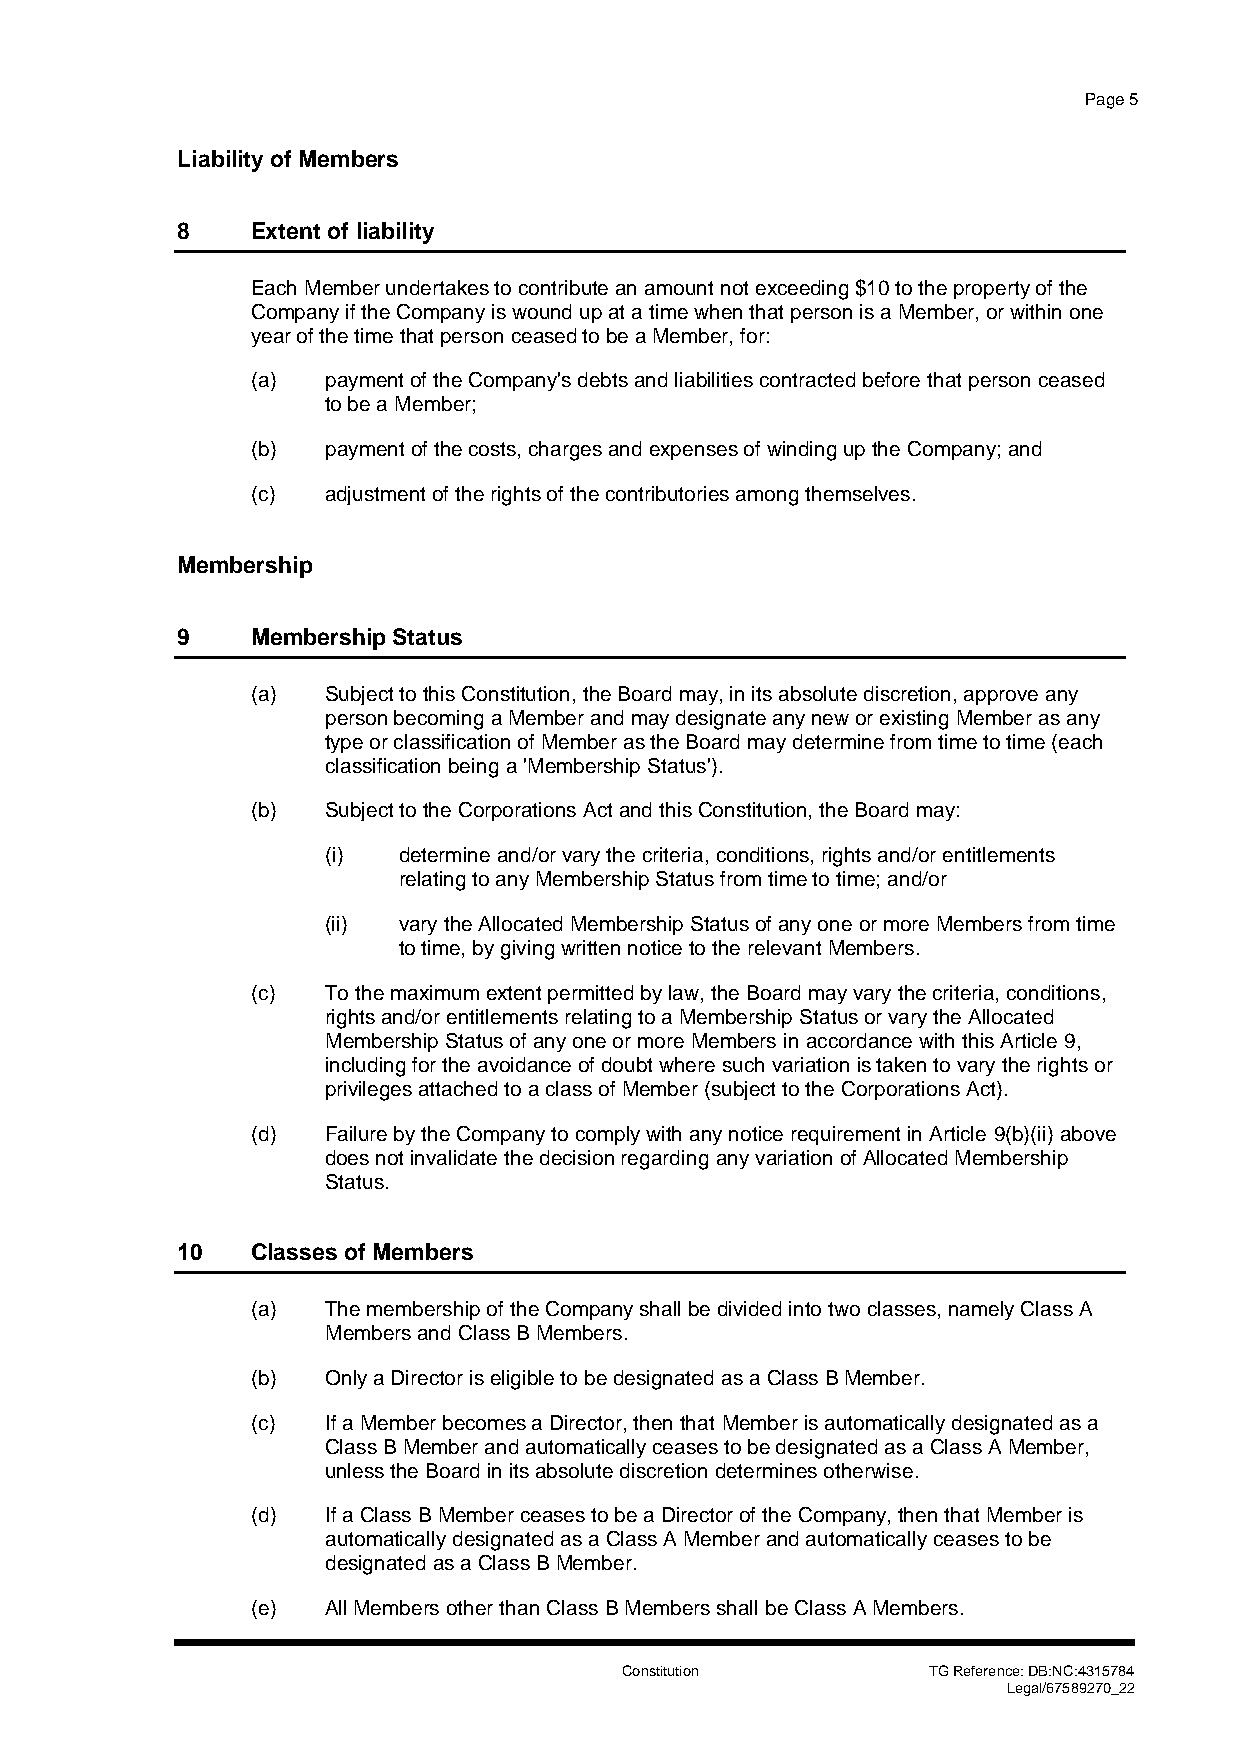
Page 5
 Liability of Members
 8    Extent of liability
 Each Member undertakes to contribute an amount not exceeding $10 to the property of the
 Company if the Company is wound up at a time when that person is a Member, or within one
 year of the time that person ceased to be a Member, for:
 (a)  payment of the Company's debts and liabilities contracted before that person ceased
 to be a Member;
 (b)  payment of the costs, charges and expenses of winding up the Company; and
 (c)  adjustment of the rights of the contributories among themselves.
 Membership
 9    Membership Status
 (a)  Subject to this Constitution, the Board may, in its absolute discretion, approve any
 person becoming a Member and may designate any new or existing Member as any
 type or classification of Member as the Board may determine from time to time (each
 classification being a 'Membership Status').
 (b)  Subject to the Corporations Act and this Constitution, the Board may:
 (i) determine and/or vary the criteria, conditions, rights and/or entitlements
 relating to any Membership Status from time to time; and/or
 (ii) vary the Allocated Membership Status of any one or more Members from time
 to time, by giving written notice to the relevant Members.
 (c)  To the maximum extent permitted by law, the Board may vary the criteria, conditions,
 rights and/or entitlements relating to a Membership Status or vary the Allocated
 Membership Status of any one or more Members in accordance with this Article 9,
 including for the avoidance of doubt where such variation is taken to vary the rights or
 privileges attached to a class of Member (subject to the Corporations Act).
 (d)  Failure by the Company to comply with any notice requirement in Article 9(b)(ii) above
 does not invalidate the decision regarding any variation of Allocated Membership
 Status.
 10   Classes of Members
 (a)  The membership of the Company shall be divided into two classes, namely Class A
 Members and Class B Members.
 (b)  Only a Director is eligible to be designated as a Class B Member.
 (c)  If a Member becomes a Director, then that Member is automatically designated as a
 Class B Member and automatically ceases to be designated as a Class A Member,
 unless the Board in its absolute discretion determines otherwise.
 (d)  If a Class B Member ceases to be a Director of the Company, then that Member is
 automatically designated as a Class A Member and automatically ceases to be
 designated as a Class B Member.
 (e)  All Members other than Class B Members shall be Class A Members.
 Constitution        TG Reference: DB:NC:4315784
 Legal/67589270_22